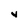
Character: y